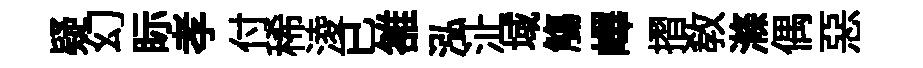
疑幻眎孝付稀淩已雒泓沚域觴嶧摺敎滌偶惡